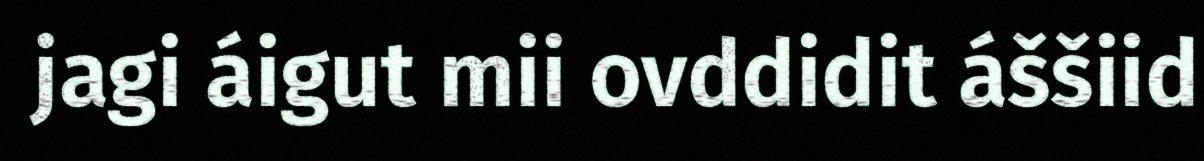
jagi áigut mii ovddidit áššiid